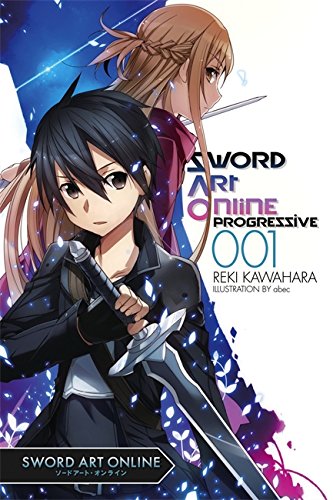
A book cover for Sword Art Online Progressive, Vol. 1; Reki Kawahara; Comics & Graphic Novels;